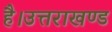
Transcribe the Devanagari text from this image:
है।उत्तराखण्ड